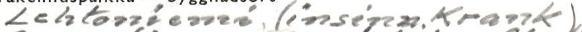
Lehtoniemi, (insinn. Krank)